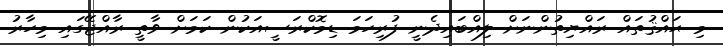
މި ޙައްޤުތައް ރައްޔިތުންނަށް ލިއްބައިދެނީ ފުރިހަމަ ޑިމޮކްރަސީއަކުން ކަމަށް ވާތީ ރާއްޖޭގައި މިހާރު